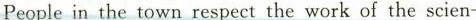
People in the town respect the work of the scien-